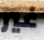
غير